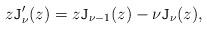
LaTeX: \begin{align*}z \mathtt{J}'_{\nu}(z)= z \mathtt{J}_{\nu-1}(z)-\nu \mathtt{J}_{\nu}(z),\end{align*}